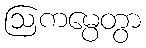
ဩကမ္ပေတွာ